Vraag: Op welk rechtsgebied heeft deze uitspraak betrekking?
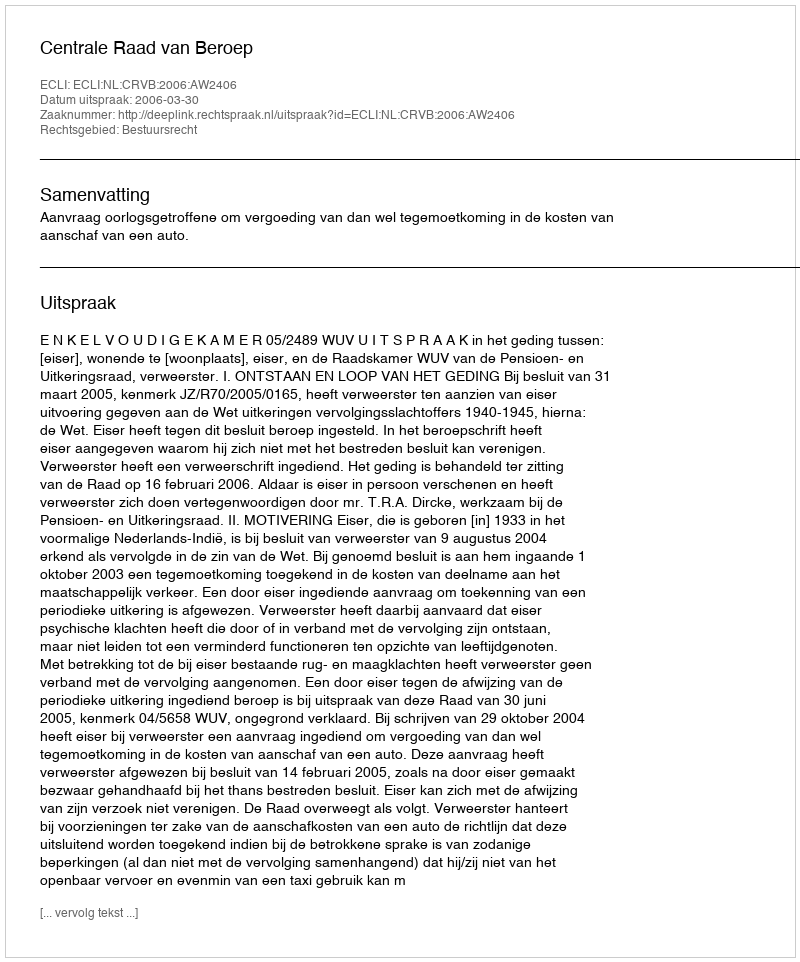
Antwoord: Bestuursrecht